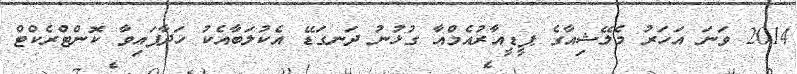
2014 ވަނަ އަހަރު މެލޭޝިއާގެ ޕީޑީއާރުއެމްއާ ގުޅުނު ދަނގަޑޭ އެކުލަބާއެކު ހަދާފައިވާ ކޮންޓްރެކްޓް